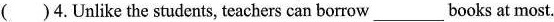
( )4.Unlike the students, teachers can borrow ___ books at most.